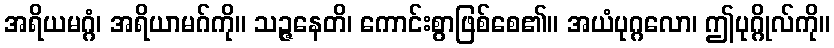
အရိယမဂ္ဂံ၊ အရိယာမဂ်ကို။ သဉ္ဇနေတိ၊ ကောင်းစွာဖြစ်စေ၏။ အယံပုဂ္ဂလော၊ ဤပုဂ္ဂိုလ်ကို။